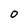
Character: 0